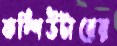
কম্পিউটারের